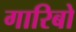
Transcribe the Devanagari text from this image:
गारिबो